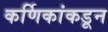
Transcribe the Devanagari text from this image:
कर्णिकांकडून